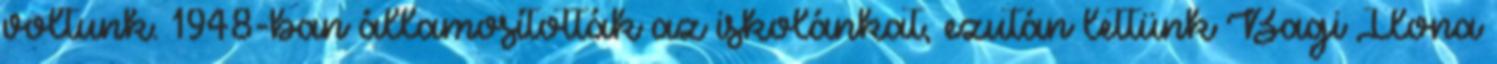
voltunk. 1948-ban államosították az iskolánkat, ezután lettünk Bagi Ilona